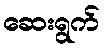
ဆေးရွက်